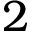
2